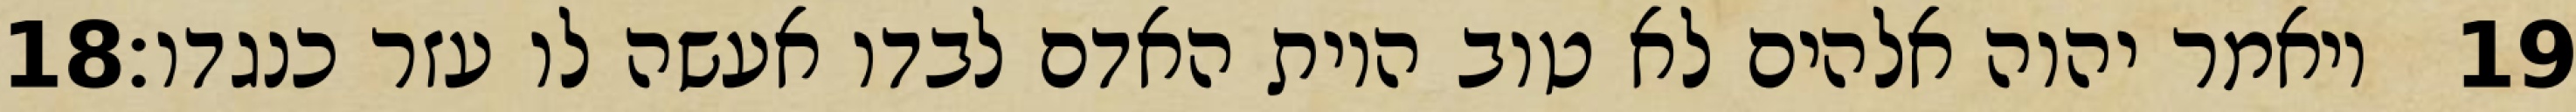
‎18‏ ויאמר יהוה אלהים לא טוב היות האדם לבדו אעשה לו עזר כנגדו׃ ‎19‏